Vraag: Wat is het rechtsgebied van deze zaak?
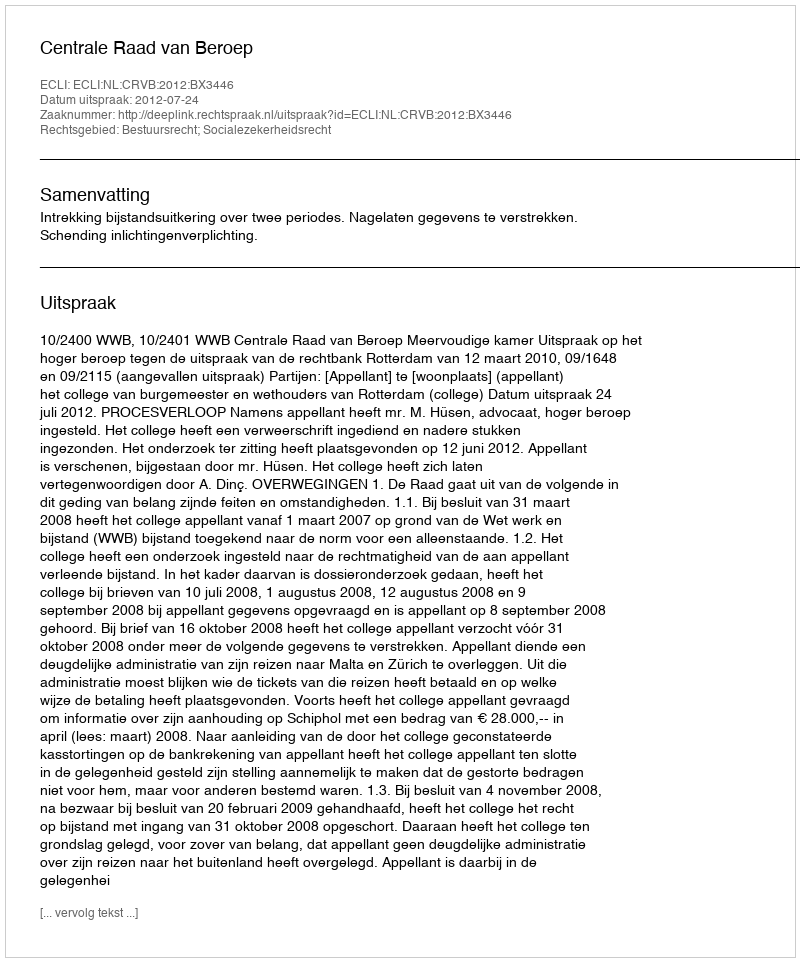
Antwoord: Bestuursrecht; Socialezekerheidsrecht